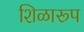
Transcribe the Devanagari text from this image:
शिळारूप